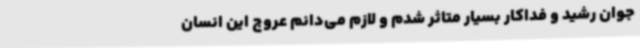
جوان رشید و فداکار بسیار متاثر شدم و لازم می‌دانم عروج این انسان